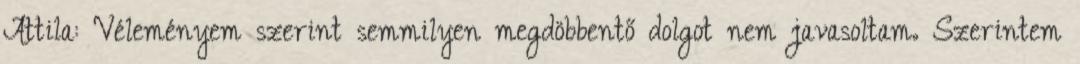
Attila: Véleményem szerint semmilyen megdöbbentő dolgot nem javasoltam. Szerintem